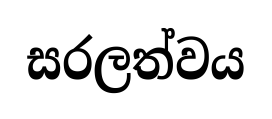
සරලත්වය